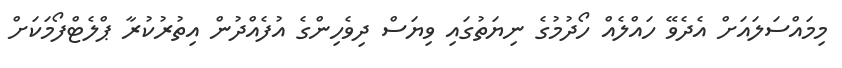
މިމައްސަލައަށް އެދެވޭ ހައްލެއް ހޯދުމުގެ ނިޔަތުގައި ވިޔަސް ދިވެހިންގެ އުފެއްދުން އިތުރުކުރާ ޕްލެޓްފޯމަކަށް